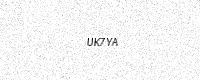
Text: UK7YA